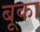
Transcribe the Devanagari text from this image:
बूका